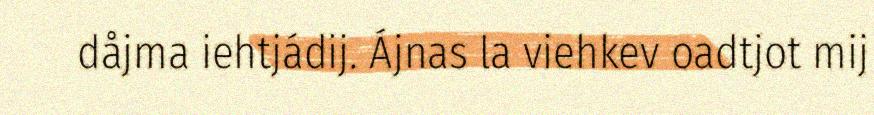
dåjma iehtjádij. Ájnas la viehkev oadtjot mij